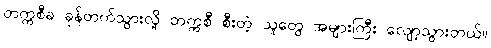
တက္ကစီခ ခုန်တက်သွားလို့ တက္ကစီ စီးတဲ့ သူတွေ အများကြီး လျော့သွားတယ်။